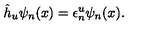
\hat { h } _ { u } \psi _ { n } ( x ) = \epsilon _ { n } ^ { u } \psi _ { n } ( x ) .